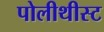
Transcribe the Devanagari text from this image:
पोलीथीस्ट